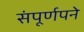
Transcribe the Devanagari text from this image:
संपूर्णपने